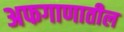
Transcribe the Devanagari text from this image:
अफगाणातील